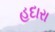
હદારા